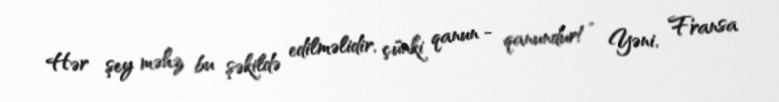
Hər şey məhz bu şəkildə edilməlidir, çünki qanun - qanundur!” Yəni, Fransa